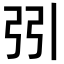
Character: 𢏄